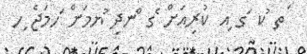
ަތ ުކ ަގ ިއ ކުރިއަށް ެގ ްނދި ުޔމަށް ަހމަޖެ ިހ